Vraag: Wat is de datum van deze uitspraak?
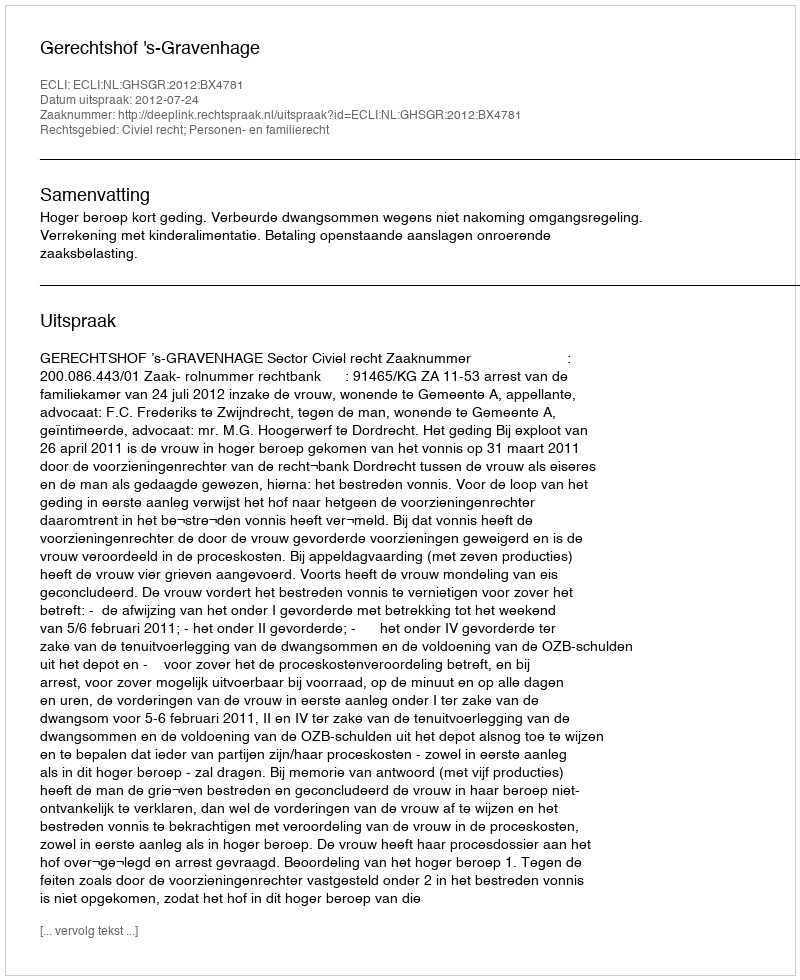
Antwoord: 2012-07-24